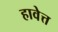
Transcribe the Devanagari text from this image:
हावेत्त